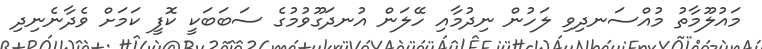
މައުލޫމާތު މުއްސަނދިވި ލަހުން ނިދުމާއި ހޭލަން އުނދަގޫވުމުގެ ސަބަބަކީ ކޮފީ ކަމަށް ވެދާނެނިދި